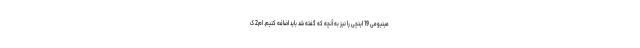
مینیومی 19 اینچی را نیز به آنچه که گفته شد باید اضافه کنیم. ام2 ک